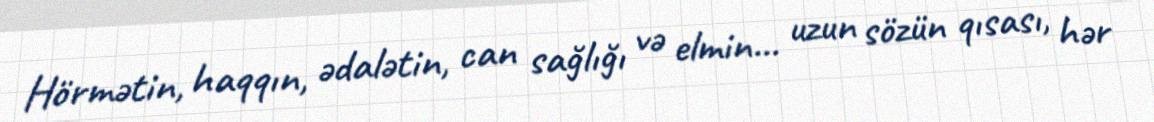
Hörmətin, haqqın, ədalətin, can sağlığı və elmin... uzun sözün qısası, hər